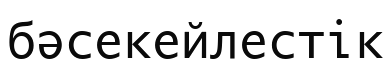
бәсекейлестік